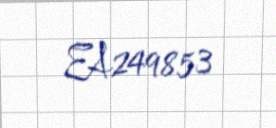
EA249853